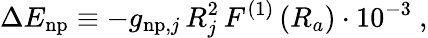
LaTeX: \Delta E_{\mathrm{np}}\equiv-g_{\mathrm{np},j}\, R_{j}^{2}\, F^{(1)}\left(R_{a}\right)\cdot 10^{-3}\ ,